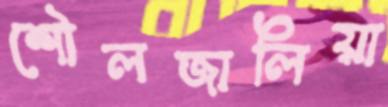
শৌলজালিয়া